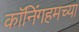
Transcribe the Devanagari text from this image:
कॉनिंगहमच्या